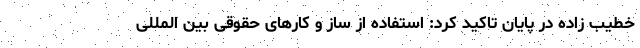
خطیب زاده در پایان تاکید کرد: استفاده از ساز و کارهای حقوقی بین المللی